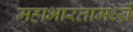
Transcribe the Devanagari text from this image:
महाभारतामध्यें